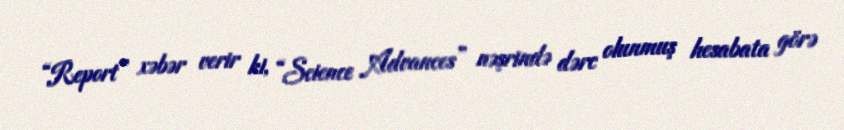
“Report” xəbər verir ki, “Science Advances” nəşrində dərc olunmuş hesabata görə